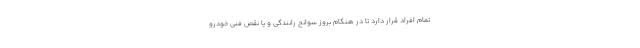
تمام افراد قرار دارد تا در هنگام بروز سوانح رانندگی و یا نقص فنی خودرو